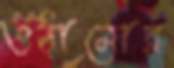
ওঠানোর